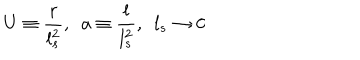
U \equiv \frac { r } { l _ { s } ^ { 2 } } , \ \ a \equiv \frac { l } { l _ { s } ^ { 2 } } , \ \ l _ { s } \rightarrow 0